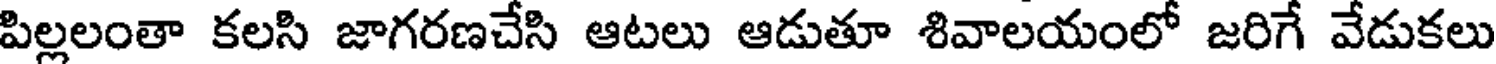
పిల్లలంతా కలసి జాగరణచేసి ఆటలు ఆడుతూ శివాలయంలో జరిగే వేడుకలు